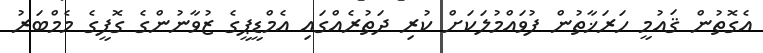
އެގޮތުން ޤައުމީ ހަރަޚާތުން ފުވައްމުލަކަށް ކުރި ދަތުރެއްގައި އެމްޑީޕީގެ ޒުވާނުންގެ ގޮފީގެ މެމްބަރު